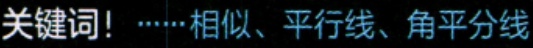
关键词！……相似、平行线、角平分线